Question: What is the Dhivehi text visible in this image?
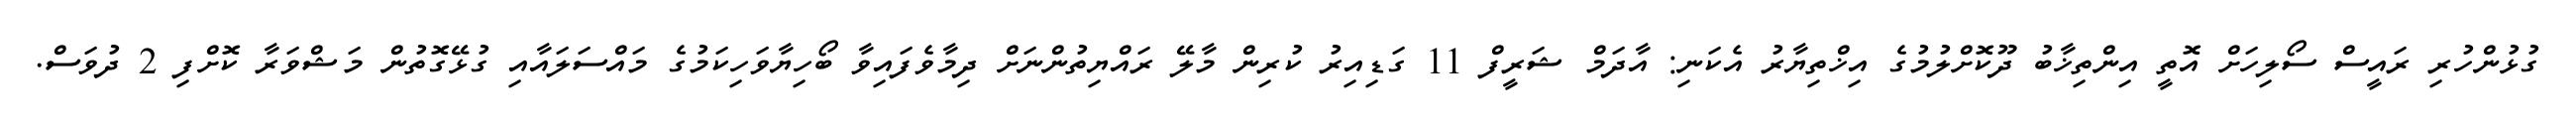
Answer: ގުޅުންހުރި ރައީސް ސޯލިހަށް އޮތީ އިންތިޚާބު ދޫކޮށްލުމުގެ އިޚްތިޔާރު އެކަނި: އާދަމް ޝަރީފް 11 ގަޑިއިރު ކުރިން މާލޭ ރައްޔިތުންނަށް ދިމާވެފައިވާ ބޯހިޔާވަހިކަމުގެ މައްސަލައާއި ގުޅޭގޮތުން މަޝްވަރާ ކޮށްފި 2 ދުވަސް.